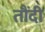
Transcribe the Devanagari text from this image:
तौंदी